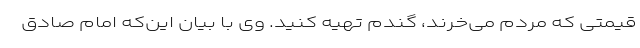
قیمتی که مردم می‌خرند، گندم تهیه کنید. وی با بیان این‌که امام صادق